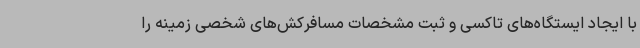
با ایجاد ایستگاه‌های تاکسی و ثبت مشخصات مسافرکش‌های شخصی زمینه را